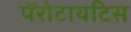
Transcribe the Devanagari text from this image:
पॅरोटायटिस